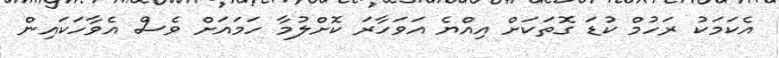
އެކަމަކު ރަހުމް ކުޑަ ގޮތަކަށް އިއްޔެ އަވަހާރަ ކޮށްލުމާ ހަމައަށް ވެސް އެވާހަކައިން